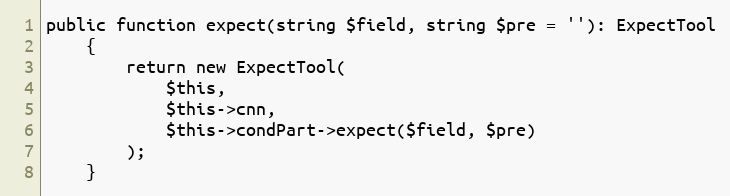
Language: PHP
public function expect(string $field, string $pre = ''): ExpectTool
    {
        return new ExpectTool(
            $this,
            $this->cnn,
            $this->condPart->expect($field, $pre)
        );
    }